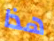
هذا